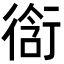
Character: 𮕣